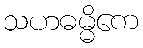
သဟဓမ္မိကေ